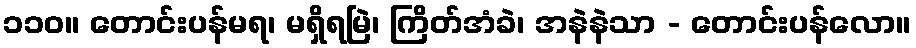
၁၁၀။ တောင်းပန်မရ၊ မရှိရမြဲ၊ ကြိတ်အံခဲ၊ အနဲနဲသာ - တောင်းပန်လော။